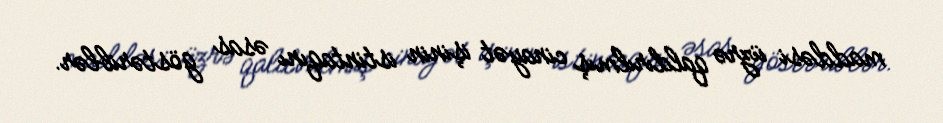
maddəsi üzrə qaldırılmış cinayət işinin istintaqını əsas göstəriblər.